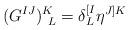
LaTeX: \begin{align*}(G^{IJ})^K_{~L}=\delta^{[I}_L\eta^{J]K}\end{align*}